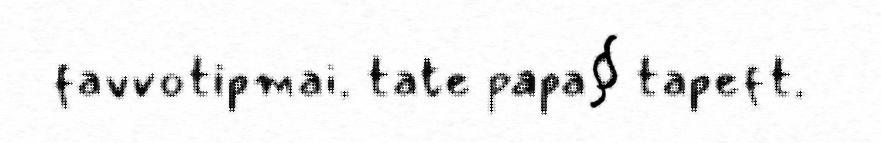
favvotipmai. tate papa§ tapeft.